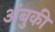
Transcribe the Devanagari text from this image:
अंबुकी